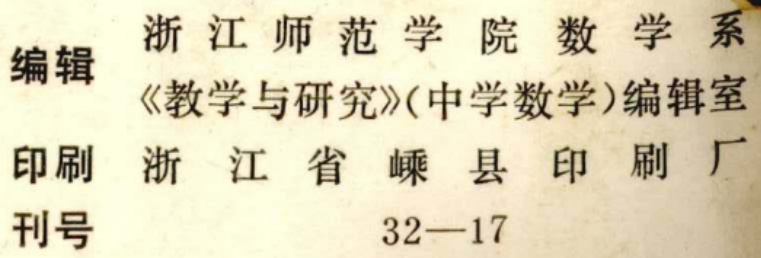
编辑 浙江师范学院数学系

《教学与研究》(中学数学)编辑室

印刷 浙江省嵊县印刷厂

刊号 32—17